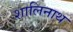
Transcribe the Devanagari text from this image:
शालिनाथ